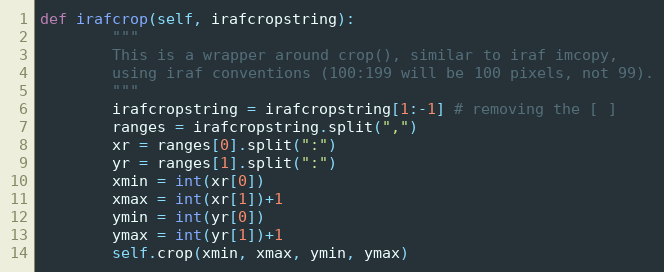
Language: Python
def irafcrop(self, irafcropstring):
        """
        This is a wrapper around crop(), similar to iraf imcopy,
        using iraf conventions (100:199 will be 100 pixels, not 99).
        """
        irafcropstring = irafcropstring[1:-1] # removing the [ ]
        ranges = irafcropstring.split(",")
        xr = ranges[0].split(":")
        yr = ranges[1].split(":")
        xmin = int(xr[0])
        xmax = int(xr[1])+1
        ymin = int(yr[0])
        ymax = int(yr[1])+1
        self.crop(xmin, xmax, ymin, ymax)